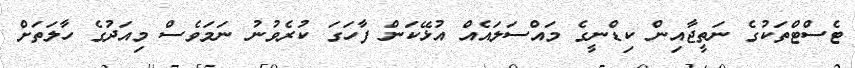
ޓެސްޓްތަކުގެ ނަތީޖާއިން ކިޑްނީގެ މައްސަލައެއް އުޅޭކަން ފާހަގަ ކުރެވުނު ނަމަވެސް މިއަދުގެ ހާލަތަށް